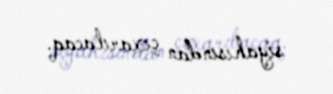
siyahısından çıxarılacaq.